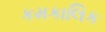
કમકાલિક